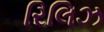
રિલિઝ